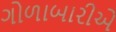
ગોળાબારીએ